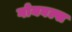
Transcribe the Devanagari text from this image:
गोयबल्स